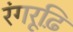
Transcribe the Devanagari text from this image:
रंगरूढ़ि